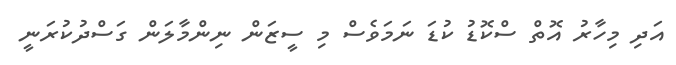
އަދި މިހާރު އޮތް ސްކޮޑު ކުޑަ ނަމަވެސް މި ސީޒަން ނިންމާލަން ގަސްދުކުރަނީ